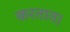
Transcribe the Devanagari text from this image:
करतात।